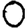
Digit: 0